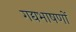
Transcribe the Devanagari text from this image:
गद्यभाषणों